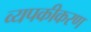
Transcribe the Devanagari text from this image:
व्यपकीकरण